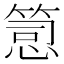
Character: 𥯱